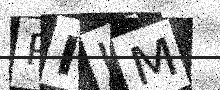
Text: PIUM